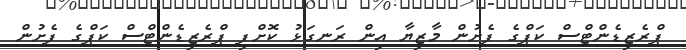
ޕްރެޒިޑެންޓްސް ކަޕްގެ ފެށުން މާޒިޔާ އިން ރަނގަޅު ކޮށްފި ޕްރެޒިޑެންޓްސް ކަޕްގެ ފެށުން